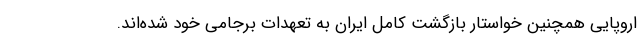
اروپایی همچنین خواستار بازگشت کامل ایران به تعهدات برجامی خود شده‌اند.